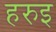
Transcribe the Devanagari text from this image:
हरुइ